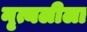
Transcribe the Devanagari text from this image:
नृत्यलीला